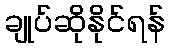
ချုပ်ဆိုနိုင်ရန်